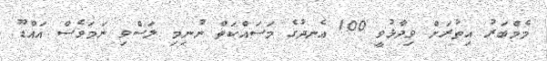
މެމްބަރު އިތުރަށް ވިދާޅުވީ 100 އެނދުގެ މަސައްކަތް ނުނިމި ލަސްވި ނަމަވެސް އައްޑޫ